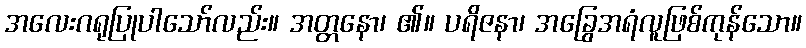
အလေးဂရုပြုပါသော်လည်း။ အတ္တနော၊ ၏။ ပရိဇနာ၊ အခြွေအရံလူဖြစ်ကုန်သော။